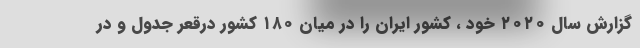
گزارش سال ۲۰۲۰ خود ، کشور ایران را در میان ۱۸۰ کشور درقعر جدول و در